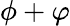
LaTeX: \phi+\varphi